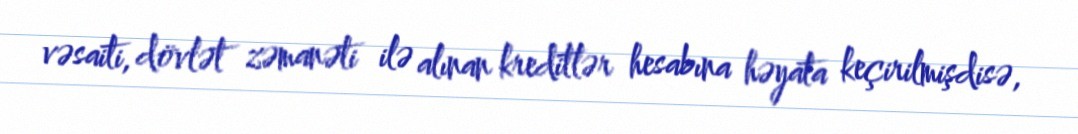
vəsaiti, dövlət zəmanəti ilə alınan kreditlər hesabına həyata keçirilmişdisə,